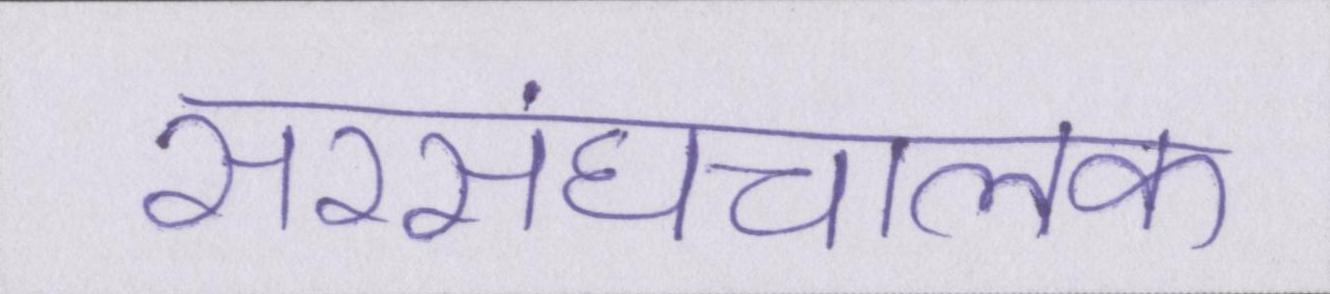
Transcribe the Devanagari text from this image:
सरसंघचालक